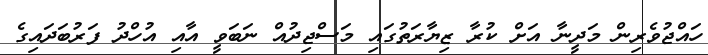
ހައްޖުވެރިން މަދީނާ އަށް ކުރާ ޒިޔާރަތުގައި މަސްޖިދުއް ނަބަވީ އާއި އުހްދު ފަރުބަދައިގެ